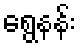
ရွေနန်း